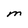
Character: M